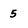
Character: 5